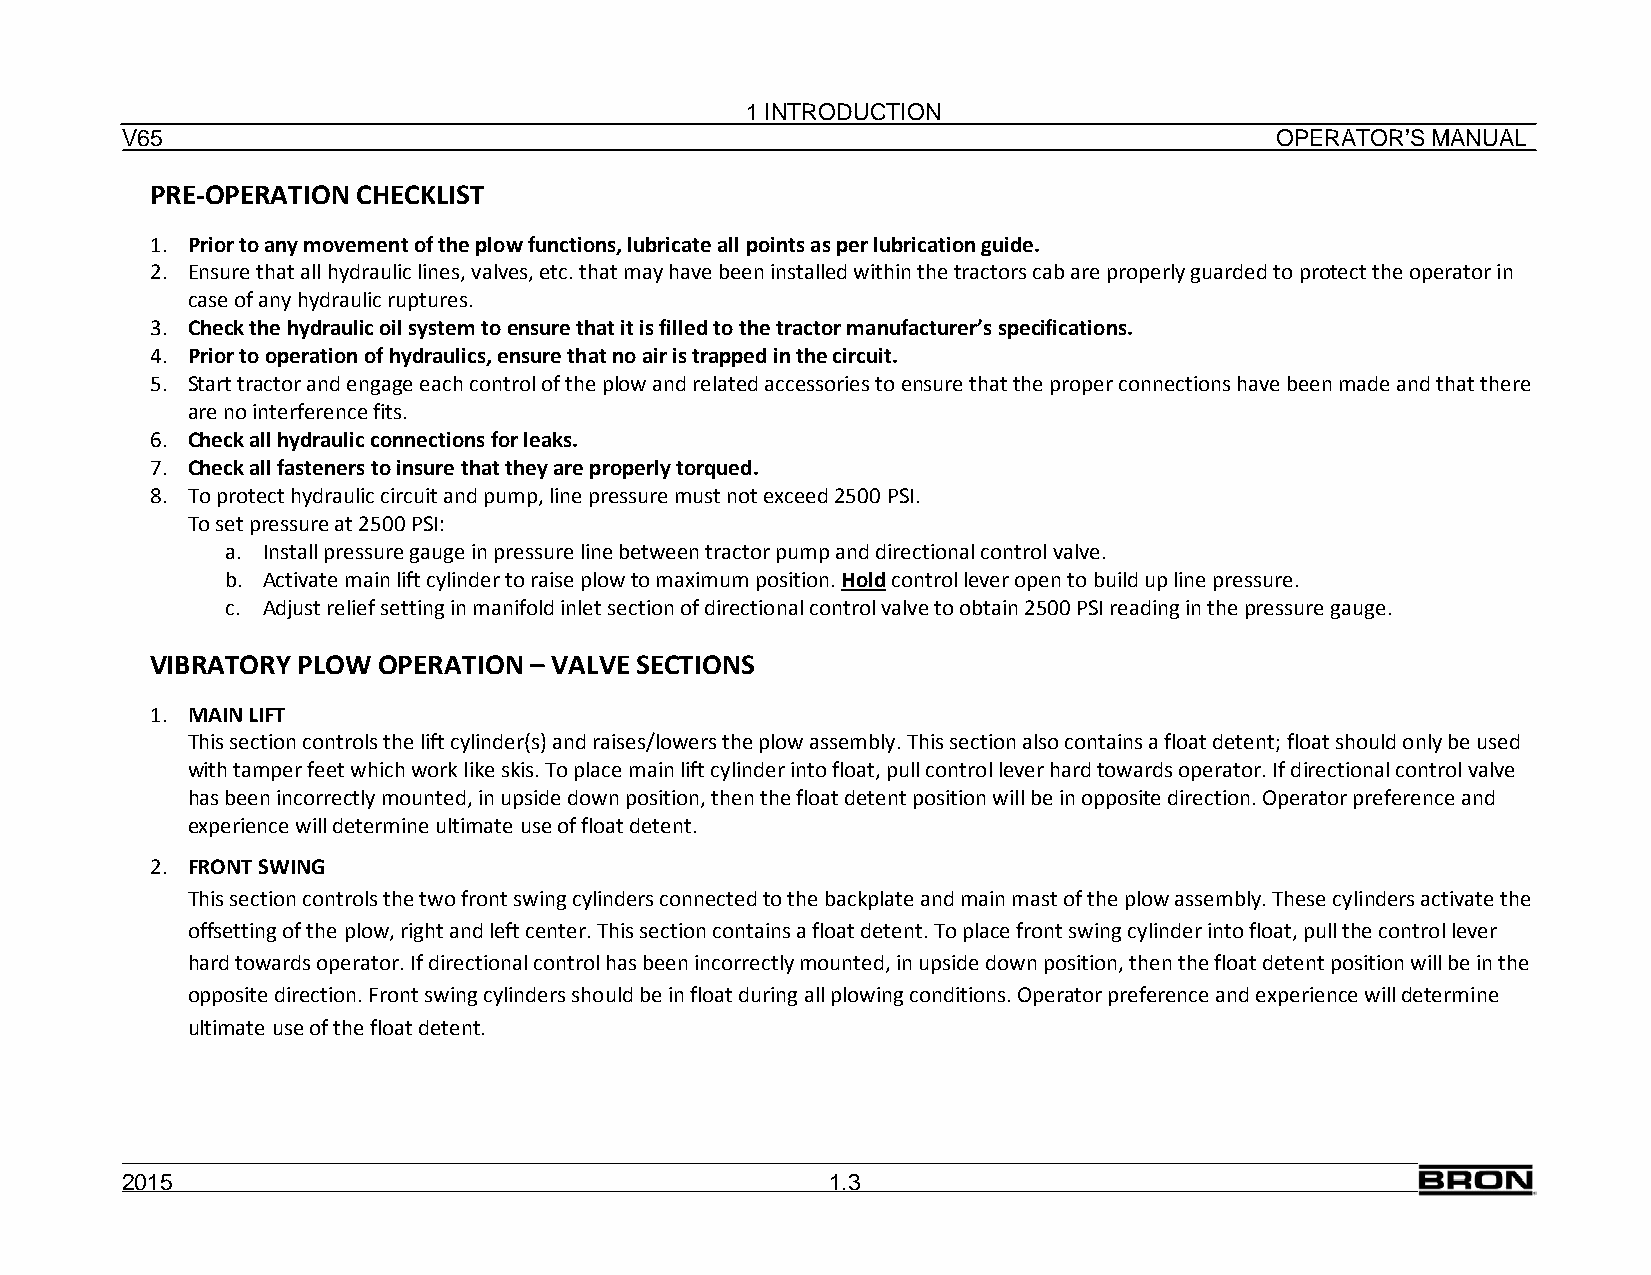
1 INTRODUCTION
 V65                                                                         OPERATOR’S MANUAL
 PRE-OPERATION CHECKLIST
 1. Prior to any movement of the plow functions, lubricate all points as per lubrication guide.
 2. Ensure that all hydraulic lines, valves, etc. that may have been installed within the tractors cab are properly guarded to protect the operator in
 case of any hydraulic ruptures.
 3. Check the hydraulic oil system to ensure that it is filled to the tractor manufacturer’s specifications.
 4. Prior to operation of hydraulics, ensure that no air is trapped in the circuit.
 5. Start tractor and engage each control of the plow and related accessories to ensure that the proper connections have been made and that there
 are no interference fits.
 6. Check all hydraulic connections for leaks.
 7. Check all fasteners to insure that they are properly torqued.
 8. To protect hydraulic circuit and pump, line pressure must not exceed 2500 PSI.
 To set pressure at 2500 PSI:
 a. Install pressure gauge in pressure line between tractor pump and directional control valve.
 b. Activate main lift cylinder to raise plow to maximum position. Hold control lever open to build up line pressure.
 c. Adjust relief setting in manifold inlet section of directional control valve to obtain 2500 PSI reading in the pressure gauge.
 VIBRATORY PLOW OPERATION – VALVE SECTIONS
 1. MAIN LIFT
 This section controls the lift cylinder(s) and raises/lowers the plow assembly. This section also contains a float detent; float should only be used
 with tamper feet which work like skis. To place main lift cylinder into float, pull control lever hard towards operator. If directional control valve
 has been incorrectly mounted, in upside down position, then the float detent position will be in opposite direction. Operator preference and
 experience will determine ultimate use of float detent.
 2. FRONT SWING
 This section controls the two front swing cylinders connected to the backplate and main mast of the plow assembly. These cylinders activate the
 offsetting of the plow, right and left center. This section contains a float detent. To place front swing cylinder into float, pull the control lever
 hard towards operator. If directional control has been incorrectly mounted, in upside down position, then the float detent position will be in the
 opposite direction. Front swing cylinders should be in float during all plowing conditions. Operator preference and experience will determine
 ultimate use of the float detent.
 2015                                           1.3